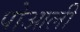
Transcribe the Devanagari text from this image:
पोआली